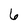
Character: 6